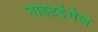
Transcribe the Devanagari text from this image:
नाइटइंगेल